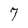
Character: 7